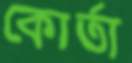
কোর্তা